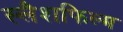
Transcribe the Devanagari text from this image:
स्लैशफिल्म